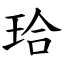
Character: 珨